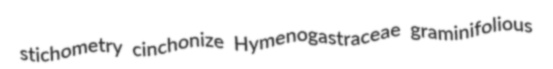
stichometry cinchonize Hymenogastraceae graminifolious